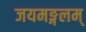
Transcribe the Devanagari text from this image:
जयमङ्गलम्‌